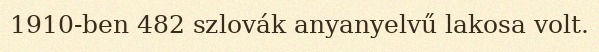
1910-ben 482 szlovák anyanyelvű lakosa volt.